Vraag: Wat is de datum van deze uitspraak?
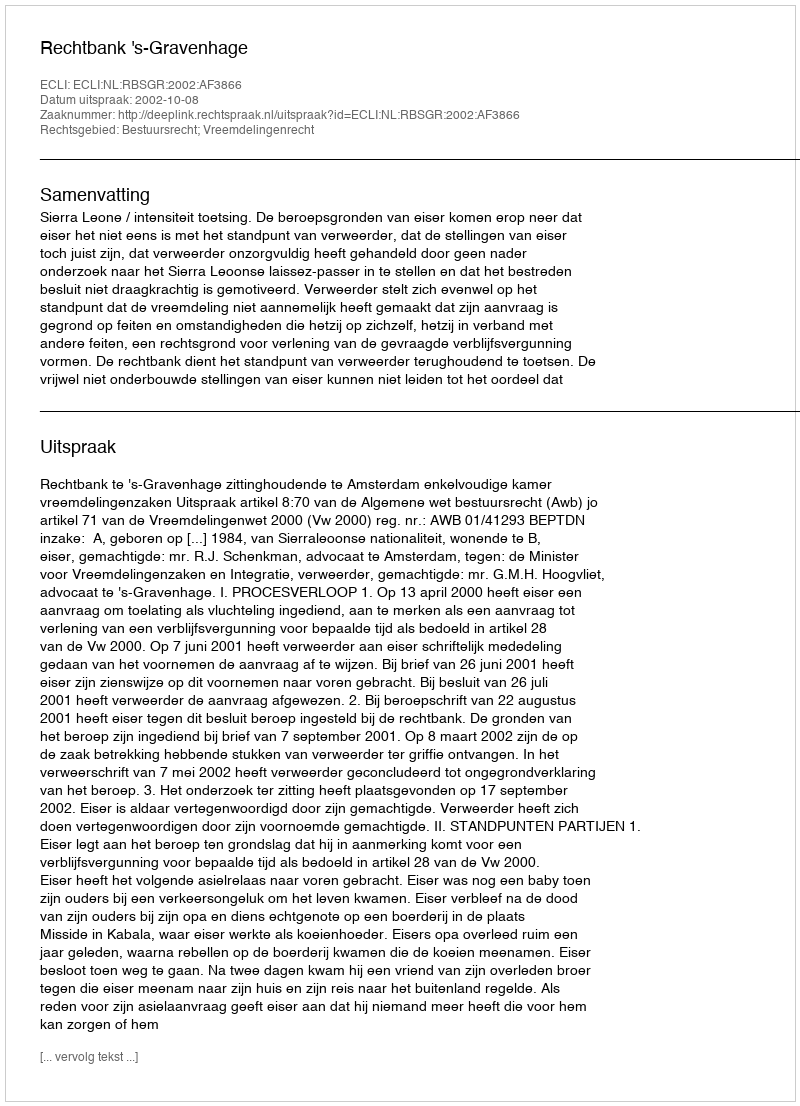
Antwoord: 2002-10-08